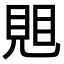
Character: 𧠦